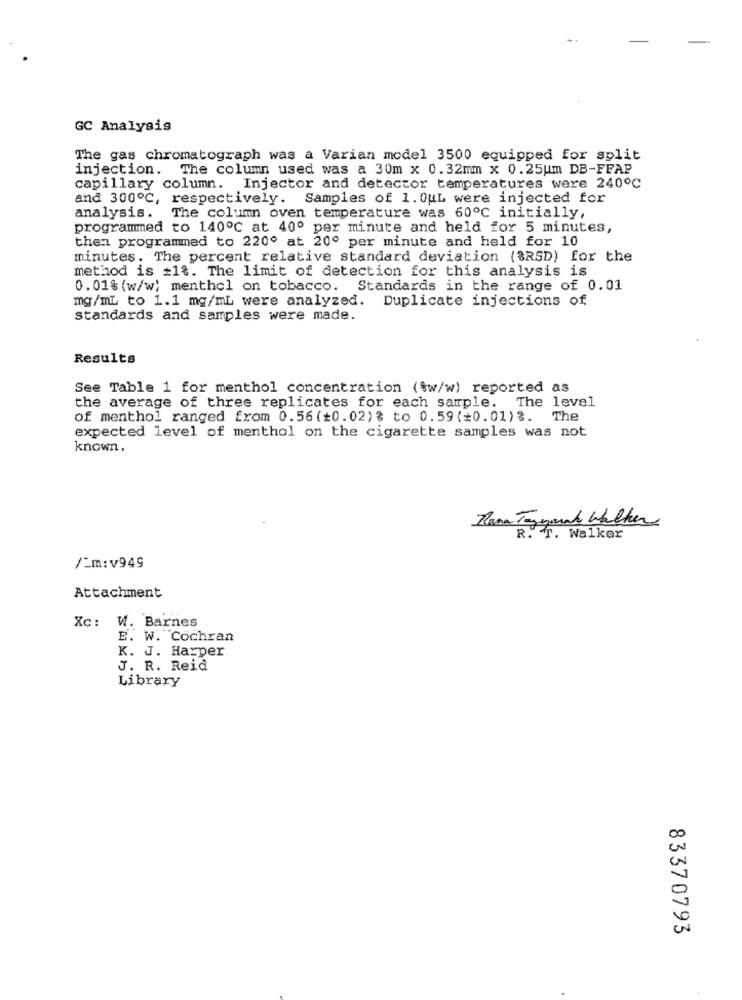
GC Analysis
The gas chromatograph was a Varian model 3500 equipped for split
injection. The column used was a 30m x 0.32mm x 0.25um DB-FFAP
capillary column. Injector and detector temperatures were 240℃
and 300℃, respectively. Samples of 1. OuL were injected for
analysis. The column oven temperature was 60℃ initially,
programmed to 140℃ at 40º per minute and held for 5 minutes,
then programmed to 220º at 20º per minute and held for 10
minutes. The percent relative standard deviation ($RSD) for the
method is #1%. The limit of detection for this analysis is
0.01% (w/w) menthol on tobacco. Standards in the range of 0.01
mg/mL to 1.1 mg/mL were analyzed. Duplicate injections of
standards and samples were made.
Results
See Table 1 for menthol concentration (tw/w) reported as
the average of three replicates for each sample. The level
of menthol ranged from 0.56(+0.02)% to 0.59(+0.01)%. The
expected level of menthol on the cigarette samples was not
known.
Rana Tagyarak Walker
R. T. Walker
/2m:v949
Attachment
Xc: W. Barnes
E. W. Cochran
K. J. Harper
J. R. Reid
Library
83370793